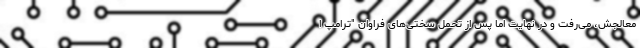
معالجش، می‌رفت و در نهایت اما پس از تحمل سختی‌های فراوان "ترامپ ا